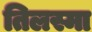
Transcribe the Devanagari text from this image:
तिलस्मा